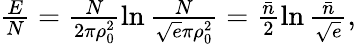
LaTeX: \begin{array}{r}{\frac EN=\frac N{2\pi\rho_{0}^{2}}\ln\frac{N}{\sqrt{e}\pi\rho_{0}^{2}}=\frac{\bar{n}}{2}\ln\frac{\bar{n}}{\sqrt{e}},}\end{array}